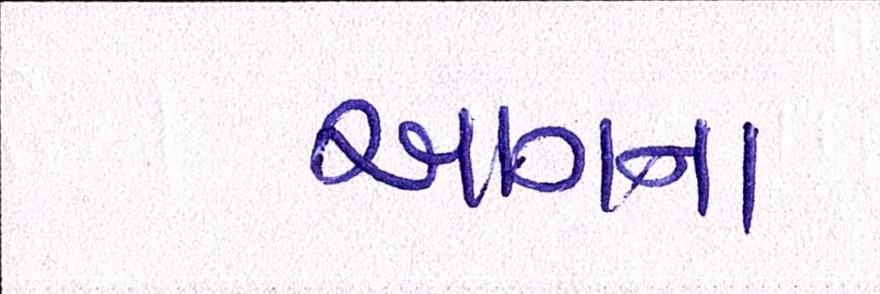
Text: આગના